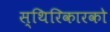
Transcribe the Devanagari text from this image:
स्थिरिकारको